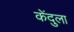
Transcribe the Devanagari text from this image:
केंदुला